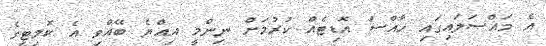
އެ މައްސަލައިގައި ހާއްސަ އޮޑިޓެއް ކުރުމަށް ނިންމީ އިއްޔެ ބޭއްވި އެ ކޮމިޓީގެ